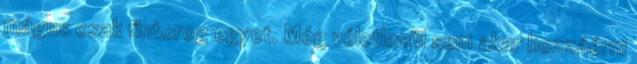
mágus csak fintorog egyet. Még véletlenül sem akar hozzáérni